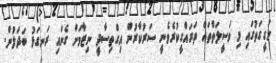
ހަގީގަތުގައި މި ވަސީލަތްތައް ތަރައްގީކުރެވެނީ ސަރުކާރުން އިގްތިސާދީ ނިޒާމަށް ގެނައި ރަނގަޅު ބަދަލުން.